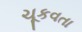
ચૂકવતા